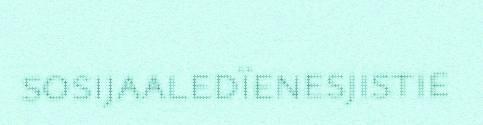
sosijaaledïenesjistie